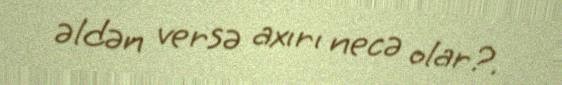
əldən versə axırı necə olar?.